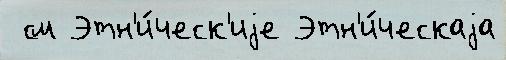
 см Этн'и́ческ'иjе Этн'и́ческаjа